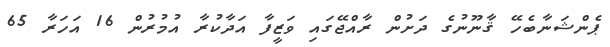
ޕެންޝަނާބެހޭ ޤާނޫނުގެ ދަށުން ރާއްޖޭގައި ވަޒީފާ އަދާކުރާ އުމުރުން 16 އަހަރާ 65